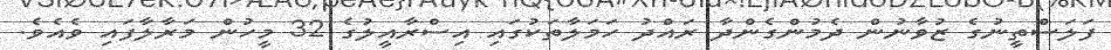
ފަލަސްތީނުގެ ޒުވާނުން ދެމުންގެންދާ ރައްދު ހަމަލާތަކުގައި އިސްރާއީލުގެ 32 މީހުން މަރާލާފައި ވެއެވެ.